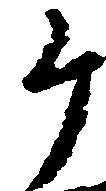
ヶ